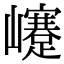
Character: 𡾰